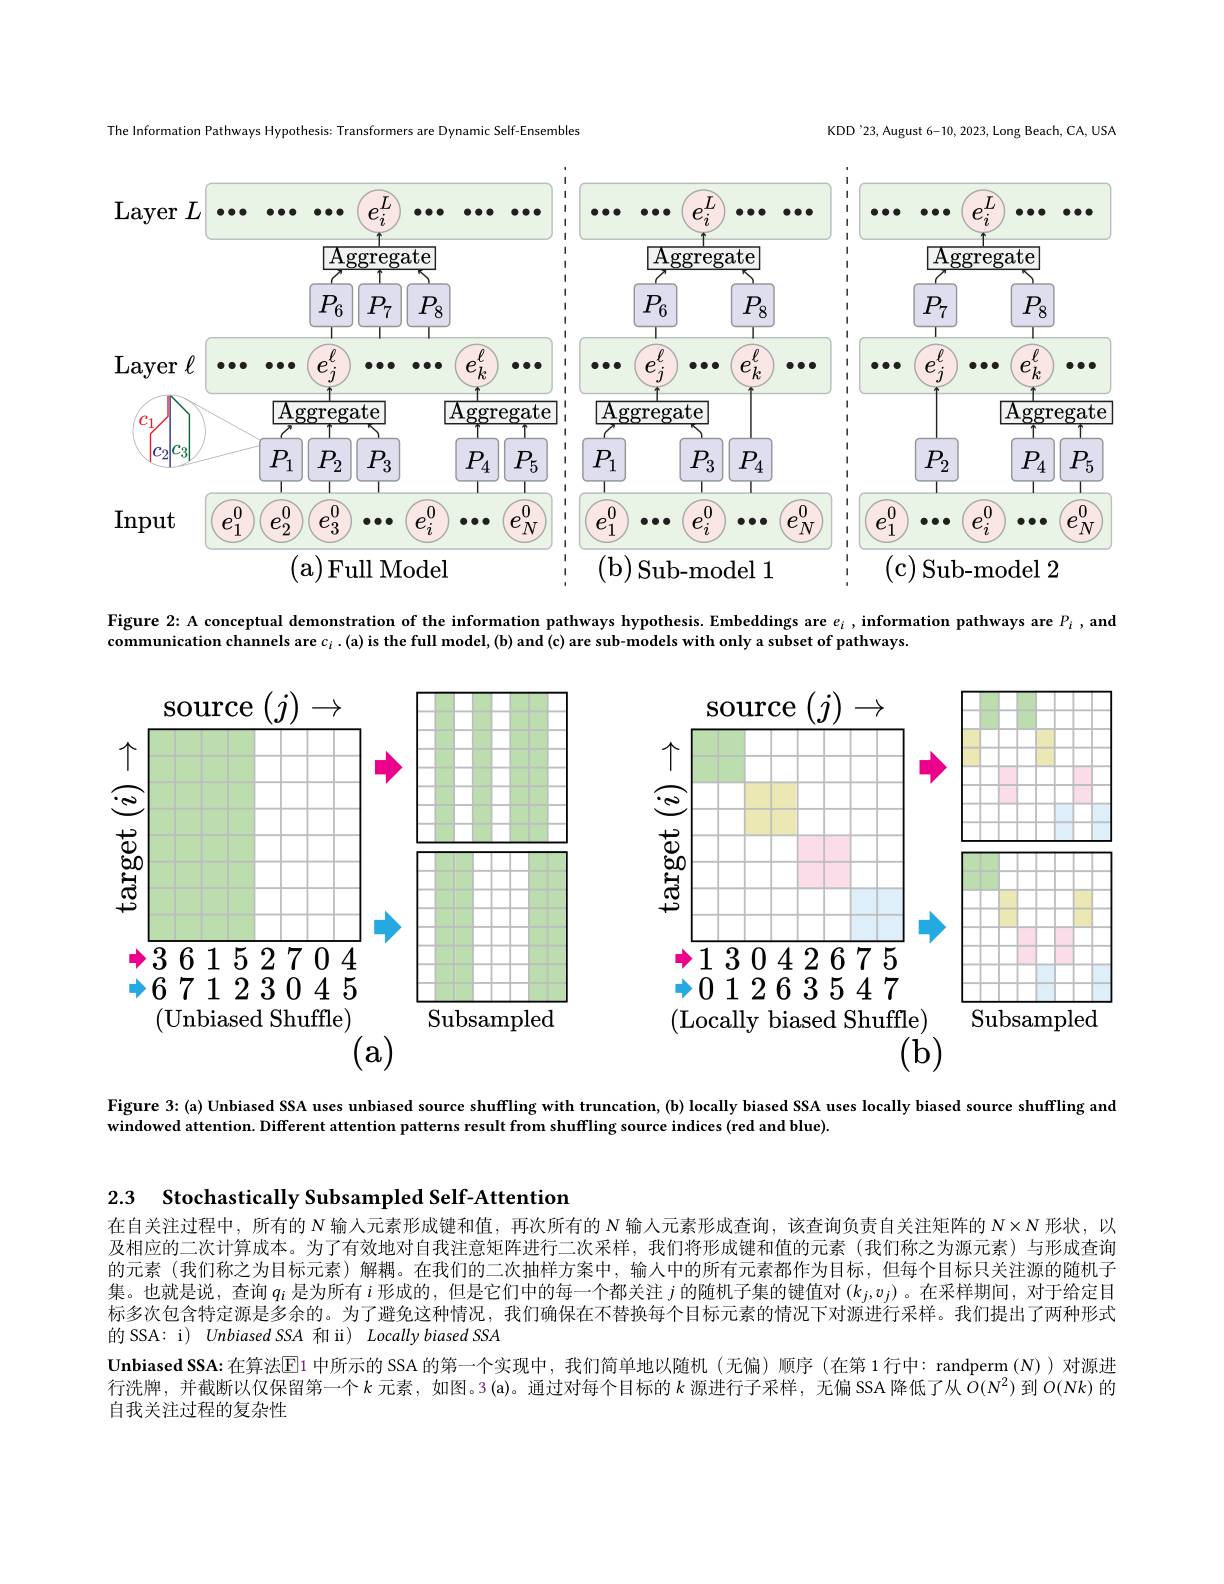
KDD'23, August 6-10, 2023, Long Beach, CA, USA

The Information Pathways Hypothesis: Transformers are Dynamic Self-Ensembles

<FigureHere>

Figure 2: A conceptual demonstration of the information pathways hypothesis. Embeddings are $e_i, \textbf{information pathways are }P_i$, and

subset of pathways

communication channels are $c_i.($a) is the full model, (b) and (c) are sub-models with only

<FigureHere>
Figure 3: (a) Unbiased SSA uses unbiased source shuffling with truncation, (b) locally biased SSA uses locally biased source shuffling and

windowed attention. Different attention patterns result from shuffling source indices (red and blue).

2.3 $\textbf{Stochastically Subsampled Self- Attention}$

在自关注过程中，所有的 N 输入元素形成键和值，再次所有的 N 输人元素形成查询，该查询负责自关注矩阵的$N\times N$形状，以及相应的二次计算成本。为了有效地对自我注意矩阵进行二次采样，我们将形成键和值的元素(我们称之为源元素)与形成查询的元素(我们称之为目标元素)解耦。在我们的二次抽样方案中，输人中的所有元素都作为目标，但每个目标只关注源的随机子集。也就是说，查询$q_i$是为所有$i$形成的，但是它们中的每一个都关注$j$的随机子集的键值对$(k_j,v_j)$ 。在采样期间 ,对于给定目标多次包含特定源是多余的。为了避免这种情况，我们确保在不替换每个目标元素的情况下对源进行采样。我们提出了两种形式的 SSA: i) Unbiased SSA 和 ii) Locally biased SSA
Unbiased SSA:在算法$\mathbb{E}$1 中所示的 SSA 的第一个实现中，我们简单地以随机(无偏)顺序(在第 1行中：randperm (N)) 对源进行洗牌，并截断以仅保留第一个$k$ 元素，如图。3(a)。通过对每个目标的$k$ 源进行子采样，无偏 SSA 降低了从$\tilde{O}(N^2)$ 到 $O(Nk)$ 的自我关注过程的复杂性